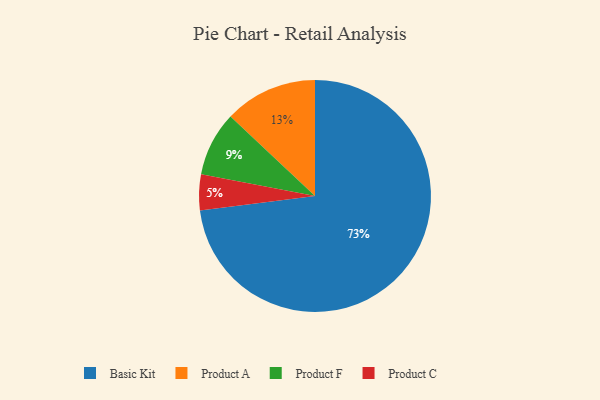
{"axis": {"x": "Category", "y": "Percentage"}, "legend": ["Basic Kit", "Product A", "Product C", "Product F"], "data": [{"x": "Product A", "y": 13, "type": "Product A"}, {"x": "Product F", "y": 9, "type": "Product F"}, {"x": "Basic Kit", "y": 73, "type": "Basic Kit"}, {"x": "Product C", "y": 5, "type": "Product C"}]}